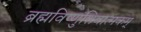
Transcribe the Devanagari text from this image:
ब्रह्मविष्णुशिवात्मकम्